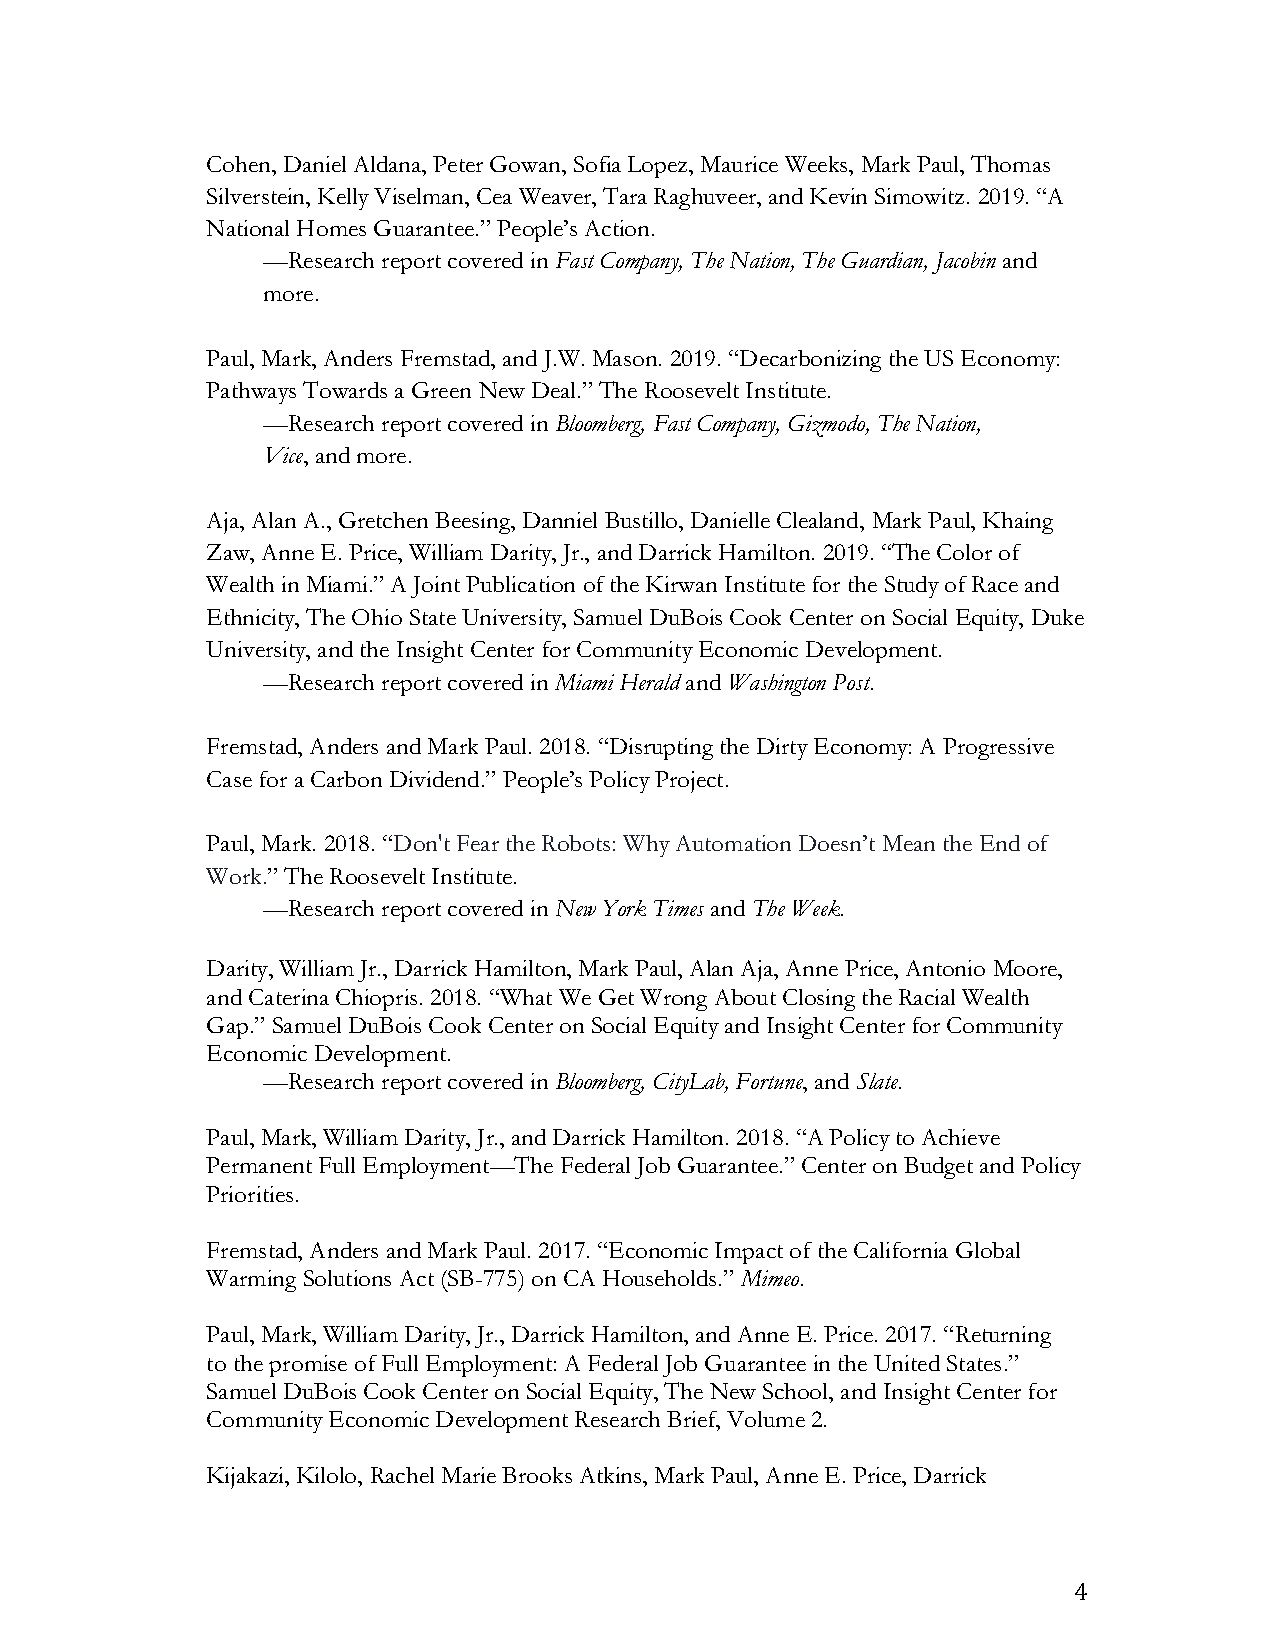
Cohen, Daniel Aldana, Peter Gowan, Sofia Lopez, Maurice Weeks, Mark Paul, Thomas
 Silverstein, Kelly Viselman, Cea Weaver, Tara Raghuveer, and Kevin Simowitz. 2019. “A
 National Homes Guarantee.” People’s Action.
 —Research report covered in Fast Company, The Nation, The Guardian, Jacobin and
 more.
 Paul, Mark, Anders Fremstad, and J.W. Mason. 2019. “Decarbonizing the US Economy:
 Pathways Towards a Green New Deal.” The Roosevelt Institute.
 —Research report covered in Bloomberg, Fast Company, Gizmodo, The Nation,
 Vice, and more.
 Aja, Alan A., Gretchen Beesing, Danniel Bustillo, Danielle Clealand, Mark Paul, Khaing
 Zaw, Anne E. Price, William Darity, Jr., and Darrick Hamilton. 2019. “The Color of
 Wealth in Miami.” A Joint Publication of the Kirwan Institute for the Study of Race and
 Ethnicity, The Ohio State University, Samuel DuBois Cook Center on Social Equity, Duke
 University, and the Insight Center for Community Economic Development.
 —Research report covered in Miami Herald and Washington Post.
 Fremstad, Anders and Mark Paul. 2018. “Disrupting the Dirty Economy: A Progressive
 Case for a Carbon Dividend.” People’s Policy Project.
 Paul, Mark. 2018. “Don't Fear the Robots: Why Automation Doesn’t Mean the End of
 Work.” The Roosevelt Institute.
 —Research report covered in New York Times and The Week.
 Darity, William Jr., Darrick Hamilton, Mark Paul, Alan Aja, Anne Price, Antonio Moore,
 and Caterina Chiopris. 2018. “What We Get Wrong About Closing the Racial Wealth
 Gap.” Samuel DuBois Cook Center on Social Equity and Insight Center for Community
 Economic Development.
 —Research report covered in Bloomberg, CityLab, Fortune, and Slate.
 Paul, Mark, William Darity, Jr., and Darrick Hamilton. 2018. “A Policy to Achieve
 Permanent Full Employment—The Federal Job Guarantee.” Center on Budget and Policy
 Priorities.
 Fremstad, Anders and Mark Paul. 2017. “Economic Impact of the California Global
 Warming Solutions Act (SB-775) on CA Households.” Mimeo.
 Paul, Mark, William Darity, Jr., Darrick Hamilton, and Anne E. Price. 2017. “Returning
 to the promise of Full Employment: A Federal Job Guarantee in the United States.”
 Samuel DuBois Cook Center on Social Equity, The New School, and Insight Center for
 Community Economic Development Research Brief, Volume 2.
 Kijakazi, Kilolo, Rachel Marie Brooks Atkins, Mark Paul, Anne E. Price, Darrick
 4